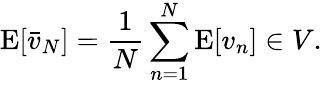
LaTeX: \operatorname{E}[{\bar{v}}_{N}]={\frac{1}{N}}\sum_{n=1}^{N}\operatorname{E}[v_{n}]\in V.